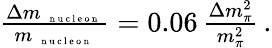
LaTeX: \begin{array}{r}{\frac{\Delta m_{\mathrm{~\scriptsize~{~n~u~c~l~e~o~n~}~}}}{m_{\mathrm{~\scriptsize~{~n~u~c~l~e~o~n~}~}}}=0.06\, \frac{\Delta m_{\pi}^{2}}{m_{\pi}^{2}}\, .}\end{array}